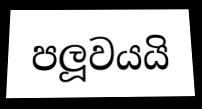
පලූවයයි